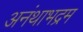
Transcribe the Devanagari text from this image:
अनंथाभद्रम